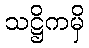
သဋ္ဌိကမှိ